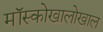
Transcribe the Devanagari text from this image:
मॉस्कोखालोखाल